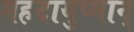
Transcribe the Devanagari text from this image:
महदायुष्मान्